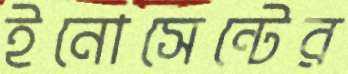
ইনোসেন্টের